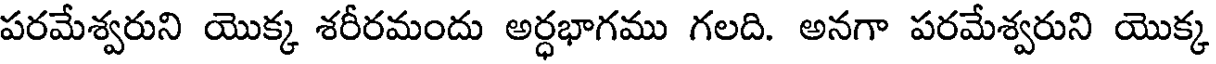
పరమేశ్వరుని యొక్క శరీరమందు అర్ధభాగము గలది. అనగా పరమేశ్వరుని యొక్క